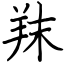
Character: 䍪